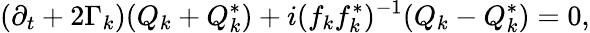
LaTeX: (\partial_{t}+2\Gamma_{k})(Q_{k}+Q_{k}^{*})+i(f_{k}f_{k}^{*})^{-1}(Q_{k}-Q_{k}^{*})=0,